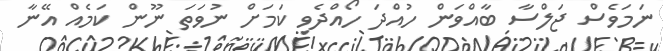
ނަމަވެސް ޖަލްސާ ބާއްވަން ހުއްދަ ހޯއްދެވި ކަމަށް ނުވަތަ ނޫން ކަމެއް އޭނާ